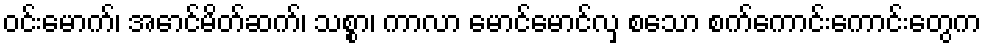
ဝင်းမောက်၊ အောင်မိတ်ဆက်၊ သစ္စာ၊ ကာလာ မောင်မောင်လှ စသော စက်ကောင်းကောင်းတွေက